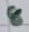
Text: 8